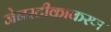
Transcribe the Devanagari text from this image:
जेनरटीकाकरण